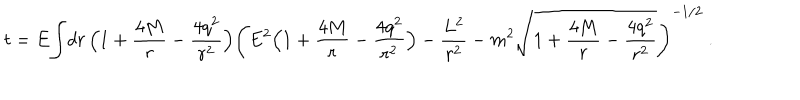
t = E { \int } { d r \, \Bigl ( 1 + { \frac { 4 M } { r } } - { \frac { 4 q ^ { 2 } } { r ^ { 2 } } } \Bigr ) \left( { E ^ { 2 } \Bigl ( 1 + { \frac { 4 M } { r } } - { \frac { 4 q ^ { 2 } } { r ^ { 2 } } } \Bigr ) - { \frac { L ^ { 2 } } { r ^ { 2 } } } - m ^ { 2 } \sqrt { 1 + { \frac { 4 M } { r } } - { \frac { 4 q ^ { 2 } } { r ^ { 2 } } } } } \right) ^ { - 1 / 2 } } \ .